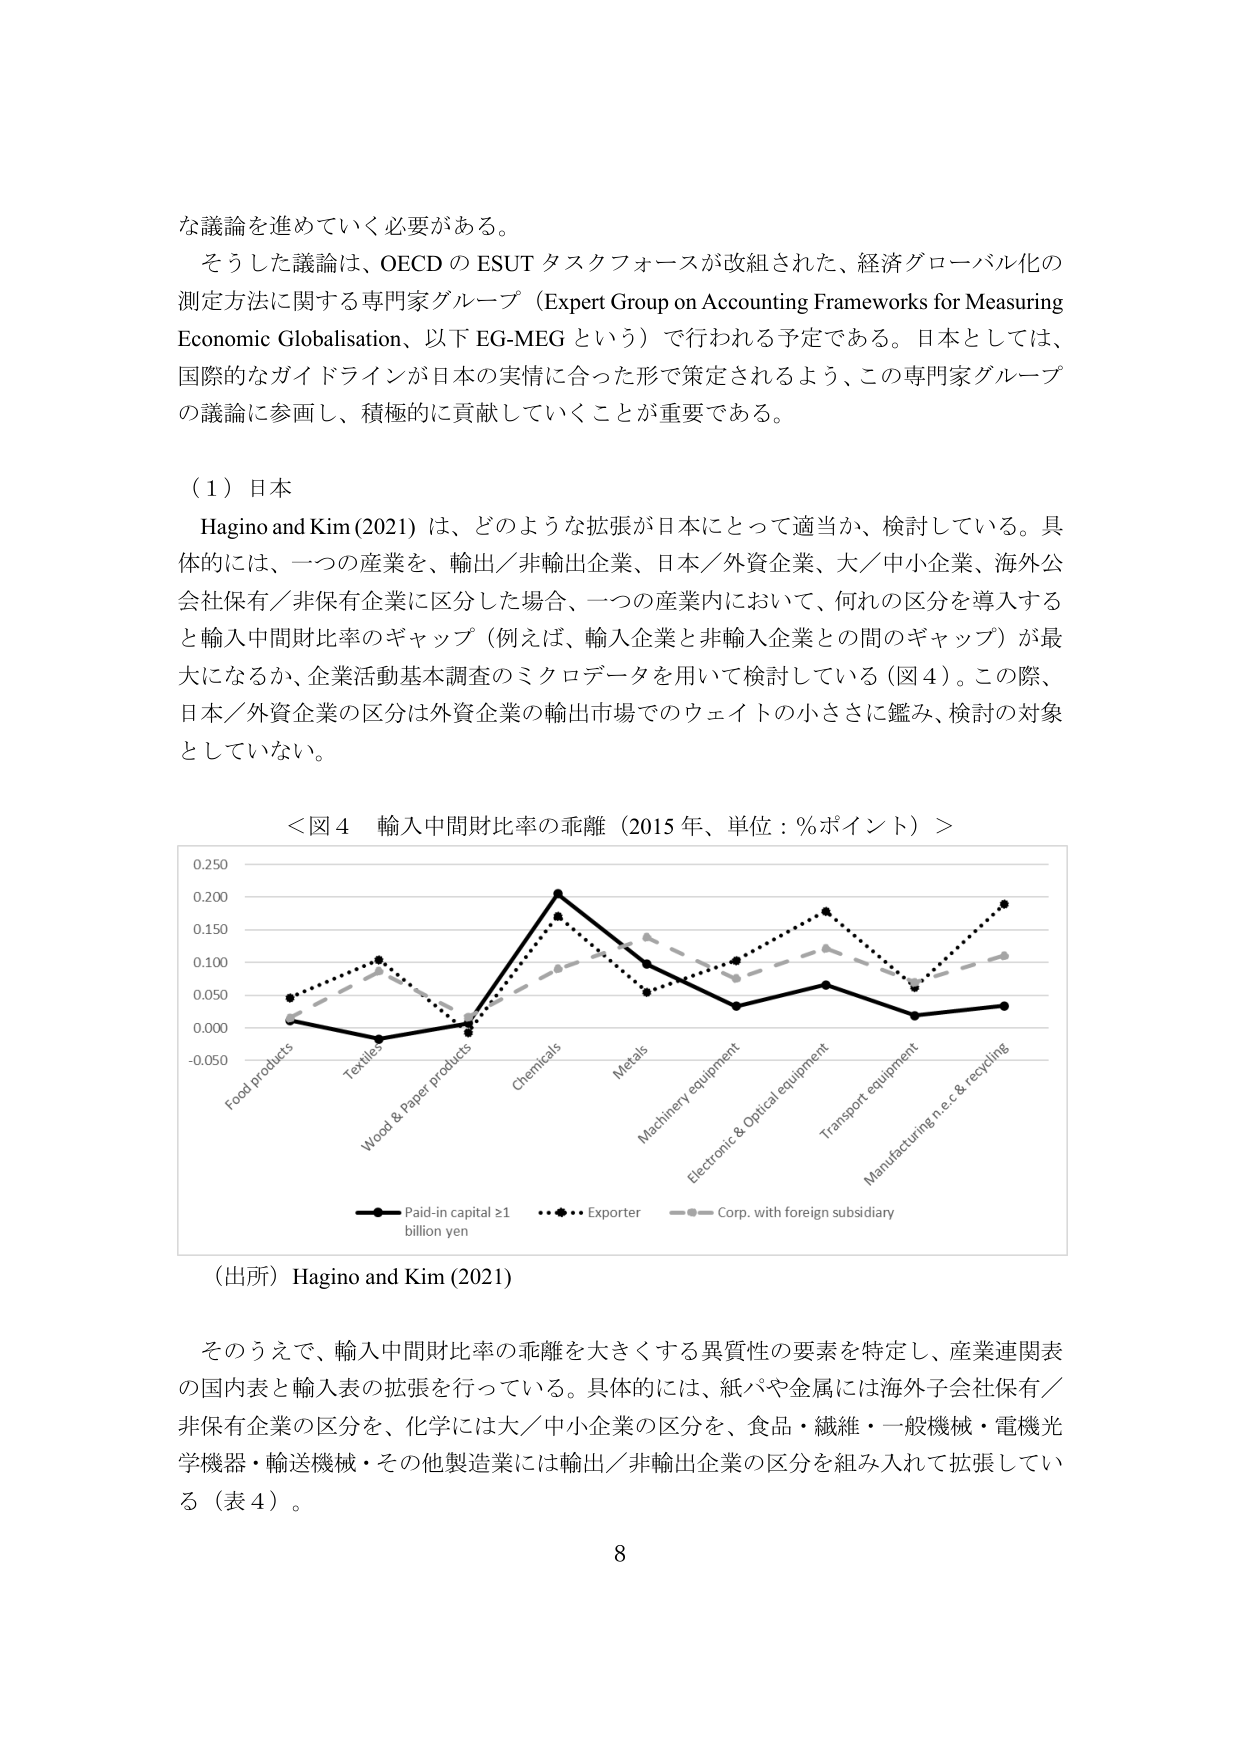
な議論を進めていく必要がある。

そうした議論は、OECD の ESUT タスクフォースが改組された、経済グローバル化の測定方法に関する専門家グループ（Expert Group on Accounting Frameworks for Measuring Economic Globalisation、以下 EG-MEG という）で行われる予定である。日本としては、国際的なガイドラインが日本の実情に合った形で策定されるよう、この専門家グループの議論に参画し、積極的に貢献していくことが重要である。

（１）日本

Hagino and Kim (2021) は、どのような拡張が日本にとって適当か、検討している。具体的には、一つの産業を、輸出／非輸出企業、日本／外資企業、大／中小企業、海外公社保有／非保有企業に区分した場合、一つの産業内において、何れの区分を導入すると輸入中間財比率のギャップ（例えば、輸入企業と非輸入企業との間のギャップ）が最大になるか、企業活動基本調査のミクロデータを用いて検討している（図４）。この際、日本／外資企業の区分は外資企業の輸出市場でのウェイトの小ささに鑑み、検討の対象としていない。

＜図４ 輸入中間財比率の乖離（2015 年、単位：％ポイント）＞

Food products
Textiles
Wood & Paper products
Chemicals
Metals
Machinery equipment
Electronic & Optical equipment
Transport equipment
Manufacturing n.e.c. & recycling

-0.050
0.000
0.050
0.100
0.150
0.200
0.250

Paid-in capital ≥1 billion yen
Exporter
Corp. with foreign subsidiary

（出所）Hagino and Kim (2021)

そのうえで、輸入中間財比率の乖離を大きくする異質性の要素を特定し、産業連関表の国内表と輸入表の拡張を行っている。具体的には、紙パや金属には海外子会社保有／非保有企業の区分を、化学には大／中小企業の区分を、食品・繊維・一般機械・電機光学機器・輸送機械・その他製造業には輸出／非輸出企業の区分を組み入れて拡張している（表４）。

8